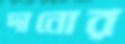
দানোর